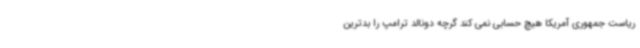
ریاست جمهوری آمریکا هیچ حسابی نمی کند گرچه دونالد ترامپ را بدترین